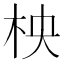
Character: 柍